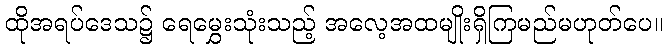
ထိုအရပ်ဒေသ၌ ရေမွှေးသုံးသည့် အလေ့အထမျိုးရှိကြမည်မဟုတ်ပေ။